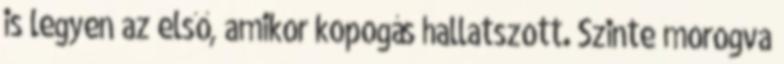
is legyen az első, amikor kopogás hallatszott. Szinte morogva